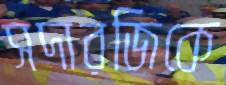
সদারজিকে